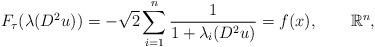
LaTeX: \begin{align*} F_{\tau}(\lambda(D^2u))=-\sqrt{2}\sum_{i=1}^n\frac{1}{1+\lambda_i(D^2u)}=f(x),\quad \quad\mathbb{R}^n,\end{align*}